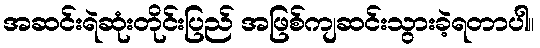
အဆင်းရဲဆုံးတိုင်းပြည် အဖြစ်ကျဆင်းသွားခဲ့ရတာပါ။